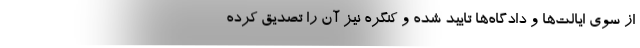
از سوی ایالت‌ها و دادگاه‌ها تایید شده و کنگره نیز آن را تصدیق کرده